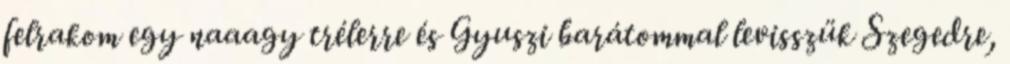
felrakom egy naaagy trélerre és Gyuszi barátommal levisszük Szegedre,